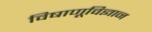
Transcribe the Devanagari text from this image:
विषाणूविज्ञान